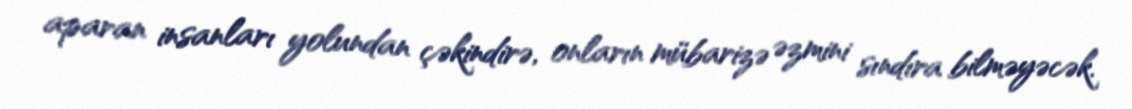
aparan insanları yolundan çəkindirə, onların mübarizə əzmini sındıra bilməyəcək.